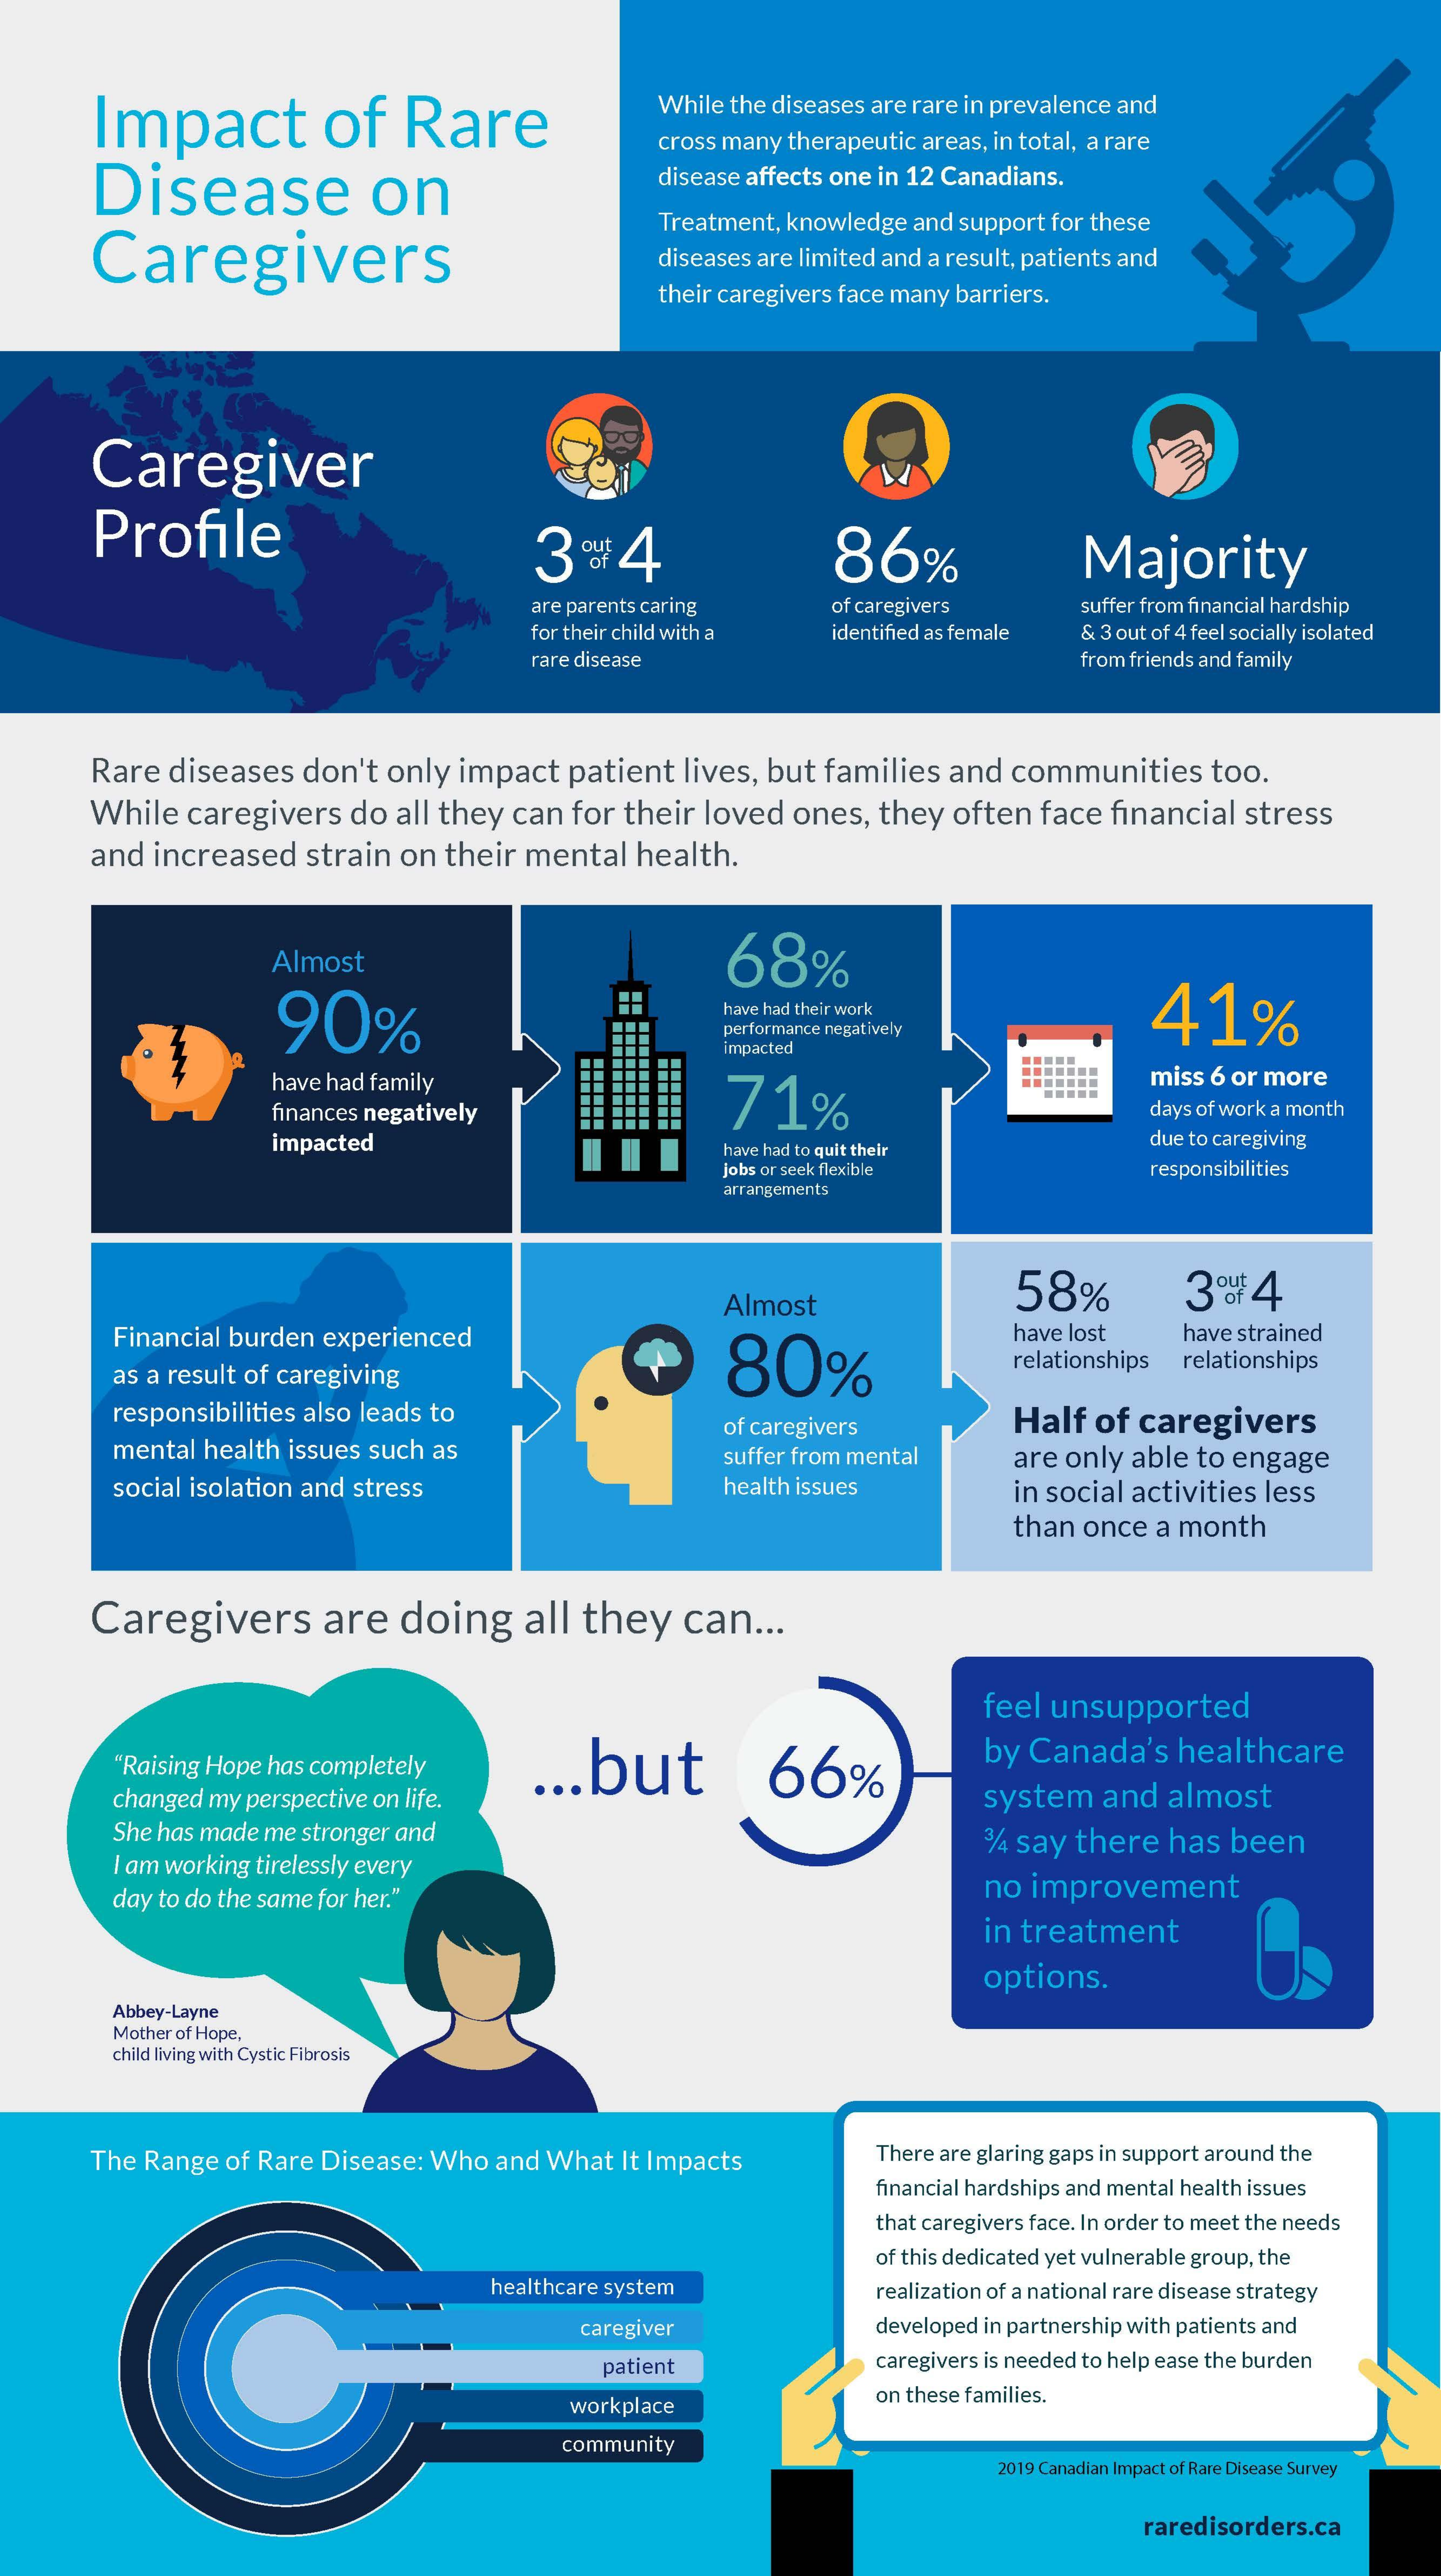
Impact    of   Rare
     While the diseases are rare in prevalence and
     Disease    on
     cross many therapeutic areas, in total, a rare
     disease affects one in 12 Canadians.
     Caregivers
     Treatment, knowledge and support for these
     diseases are limited and a result, patients and
     their caregivers face many barriers.
     Caregiver
     Profile    86%    Majority
     are parents caring of caregivers   suffer from financial hardship
     for their child with a identified as female & 3 out of 4 feel socially isolated
     rare disease    from friends and family
     Rare diseases don't only impact patient lives, but families and communities too.
     While caregivers do all they can for their loved ones, they often face financial stress
     and increased strain on their mental health.
     Almost
     90%
     68%
     have had their work    41%
     performance negatively
     impacted
     have had family
     71%
     miss 6 or more
     finances negatively    days of work a month
     impacted    have had to quit their
     due to caregiving
     jobs or seek flexible    responsibilities
     arrangements
     Almost    58%
     Financial burden experienced
     80%
     have lost
     relationships
     have strained
     as a result of caregiving
     relationships
     responsibilities also leads to
     mental health issues such as
     of caregivers    Half of caregivers
     suffer from mental
     social isolation and stress
     are only able to engage
     health issues    in social activities less
     than once a month
     Caregivers    are doing   all they   can ...
     feel unsupported
     "Raising Hope has completely ... but    66%
     by Canada's healthcare
     changed my perspective on life.    system and almost
     She has made me stronger and
     I am working tirelessly every
     3/4 say there has been
     day to do the same for her."    no improvement
     in treatment
     options.
     Abbey-Layne
     Mother of Hope,
     child living with Cystic Fibrosis
     The Range of Rare Disease: Who and What It Impacts There are glaring gaps in support around the
     financial hardships and mental health issues
     that caregivers face. In order to meet the needs
     of this dedicated yet vulnerable group, the
     healthcare system    realization of a national rare disease strategy
     caregiver    developed in partnership with patients and
     patient    caregivers is needed to help ease the burden
     workplace    on these families.
     community
     2019 Canadian Impact of Rare Disease Survey
     raredisorders.ca